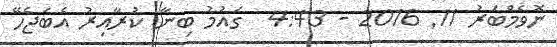
ނޮވެމްބަރު 11